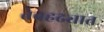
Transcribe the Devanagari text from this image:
तेवहढ्यात